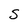
Character: S